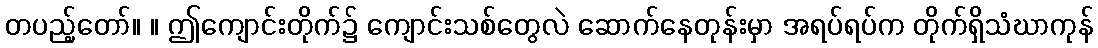
တပည့်တော်။ ။ ဤကျောင်းတိုက်၌ ကျောင်းသစ်တွေလဲ ဆောက်နေတုန်းမှာ အရပ်ရပ်က တိုက်ရှိသံဃာကုန်